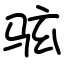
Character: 𫠊